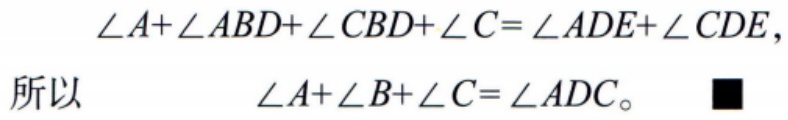
\[
\begin{align*}
\angle A + \angle ABD+\angle CBD+\angle C&=\angle ADE+\angle CDE,\\
\text{所以}\quad\angle A+\angle B+\angle C&=\angle ADC。\quad\blacksquare
\end{align*}
\]